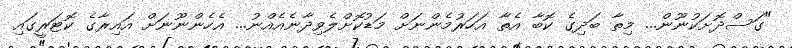
"ގަސްދޮށަކުނޫން... މިތާ ބަދިގެ ކޮބާ އެތާ އަހަރުމެންނަށް މަޑުކޮށްލެވިދާނެއެއްނު... އެހެންނޫނަށް އައިރާގެ ކޮޓަރީގައި